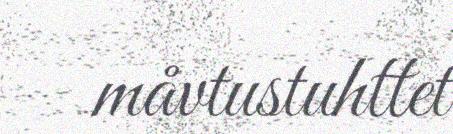
måvtustuhttet